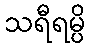
သရီရမ္ပိ